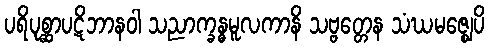
ပရိပုစ္ဆာပဋိဘာနဝါ သညာက္ခန္ဓမူလကာနိ သဗ္ဗတ္တေန သံဃမဇ္ဈေပိ